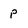
Character: P